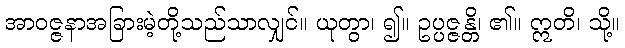
အာဝဇ္ဇနာအခြားမဲ့တို့သည်သာလျှင်။ ယုတွာ၊ ၍။ ဥပ္ပဇ္ဇန္တိ၊ ၏။ ဣတိ၊ သို့။